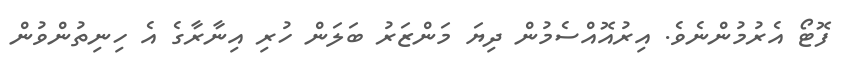
ފޮޓޯ އެރުމުންނެވެ. އިރުއޮއްސެމުން ދިޔަ މަންޒަރު ބަލަން ހުރި އިނާރާގެ އެ ހިނިތުންވުން